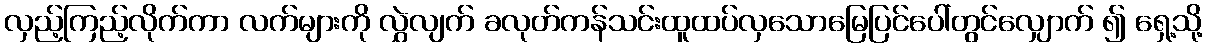
လှည့်ကြည့်လိုက်ကာ လက်များကို လွှဲလျက် ခလုတ်ကန်သင်းထူထပ်လှသောမြေပြင်ပေါ်တွင်လျှောက် ၍ ရှေ့သို့